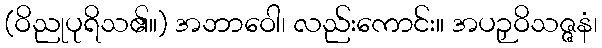
(ဝိညုပုရိသ၏။) အဘာဝေါ၊ လည်းကောင်း။ အပဉှဝိသဇ္ဇနံ၊